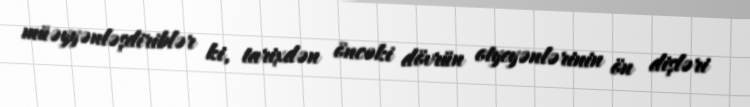
müəyyənləşdiriblər ki, tarixdən öncəki dövrün otyeyənlərinin ön dişləri